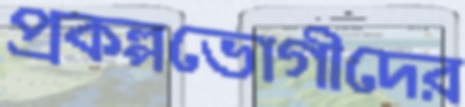
প্রকল্পভোগীদের